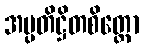
အပ္ပတိဋ္ဌိတစိတ္တော